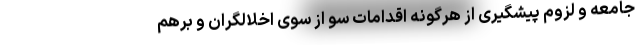
جامعه و لزوم پیشگیری از هرگونه اقدامات سو از سوی اخلالگران و برهم